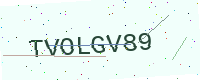
Text: TVOLGV89